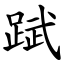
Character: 䟼